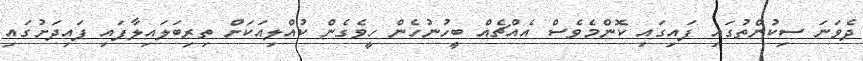
ދެވަނަ ސިކުންތުގައި ފައިގައި ކޮންމެވެސް އެއްޗެއް ބީހުނުހެން ހީވެގެން ކުއްލިއަކަށް ތިރިބަލައިލާފައި ފައިދަށުގައި